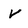
Character: v